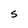
Character: S